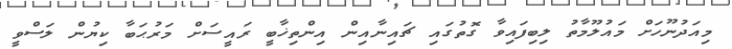
މިއަދުނޫހަށް މައުލޫމާތު ލިބިފައިވާ ގޮތުގައި ޗައިނާއިން އިންތިޚާބީ ރައީސަށް މަރުޙަބާ ކިޔުން ލަސްވީ